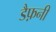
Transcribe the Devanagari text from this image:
डैफ़नी